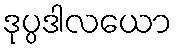
ဒုပ္ပဒါလယော